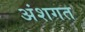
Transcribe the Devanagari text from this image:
अंशगत